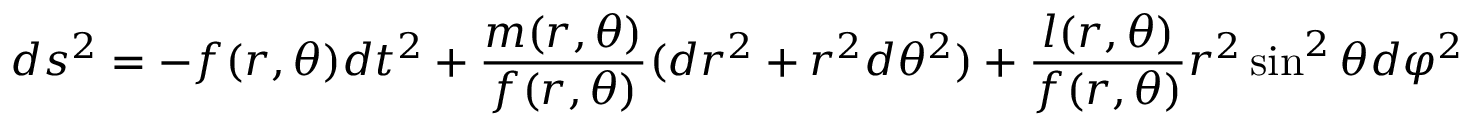
d s ^ { 2 } = - f ( r , \theta ) d t ^ { 2 } + \frac { m ( r , \theta ) } { f ( r , \theta ) } ( d r ^ { 2 } + r ^ { 2 } d \theta ^ { 2 } ) + \frac { l ( r , \theta ) } { f ( r , \theta ) } r ^ { 2 } \sin ^ { 2 } \theta d \varphi ^ { 2 }